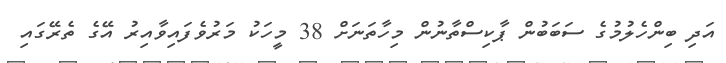
އަދި ބިންހެލުމުގެ ސަބަބުން ޕާކިސްތާނުން މިހާތަނަށް 38 މީހަކު މަރުވެފައިވާއިރު އޭގެ ތެރޭގައި